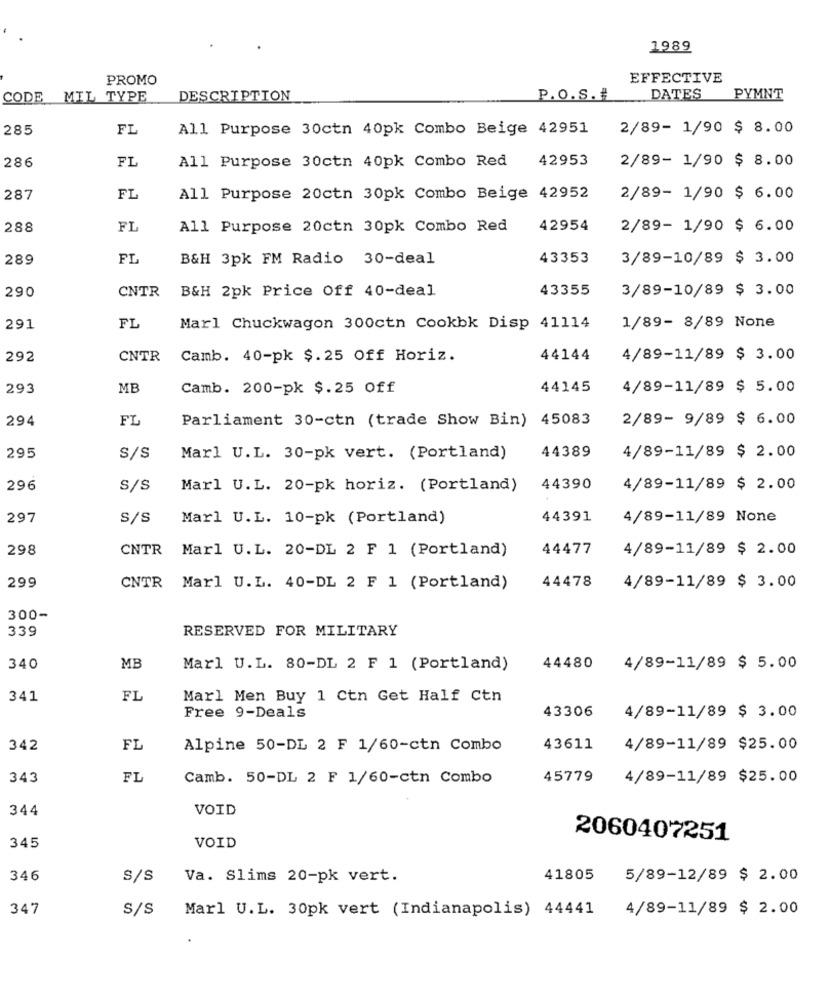
1989
PROMO
EFFECTIVE
CODE
MIL TYPE
DESCRIPTION
P.O.S.#
DATES
PYMNT
285
FL
All Purpose 30ctn 40pk Combo Beige 42951
2/89- 1/90 $ 8.00
286
FL
All Purpose 30ctn 40pk Combo Red
42953
2/89- 1/90 $ 8.00
287
FL
All Purpose 20ctn 30pk Combo Beige 42952
2/89- 1/90 $ 6.00
288
FL
All Purpose 20ctn 30pk Combo Red
42954
2/89- 1/90 $ 6.00
289
FL
B&H 3pk FM Radio 30-deal
43353
3/89-10/89 $ 3.00
290
CNTR
B&H 2pk Price Off 40-deal
43355
3/89-10/89 $ 3.00
291
FL
Marl Chuckwagon 300ctn Cookbk Disp 41114
1/89- 8/89 None
292
CNTR
Camb. 40-pk $.25 Off Horiz.
44144
4/89-11/89 $ 3.00
293
MB
Camb. 200-pk $.25 Off
44145
4/89-11/89 $ 5.00
294
FI
Parliament 30-ctn (trade Show Bin) 45083
2/89- 9/89 $ 6.00
295
4/89-11/89 $ 2.00
S/S
Marl U.L. 30-pk vert. (Portland)
44389
296
S/S
Marl U.L. 20-pk horiz. (Portland)
44390
4/89-11/89 $ 2.00
297
S/s
Marl U.L. 10-pk (Portland)
44391
4/89-11/89 None
298
CNTR
Marl U.L. 20-DL 2 F 1 (Portland)
44477
4/89-11/89 $ 2.00
299
CNTR
Marl U.L. 40-DL 2 F 1 (Portland)
44478
4/89-11/89 $ 3.00
300-
339
RESERVED FOR MILITARY
340
MB
Marl U.L. 80-DL 2 F 1 (Portland)
44480
4/89-11/89 $ 5.00
341
FL
Marl Men Buy 1 Ctn Get Half Ctn
Free 9-Deals
43306
4/89-11/89 $ 3.00
342
FL
Alpine 50-DL 2 F 1/60-ctn Combo
43611
4/89-11/89 $25.00
343
FL
Camb. 50-DL 2 F 1/60-ctn Combo
45779
4/89-11/89 $25.00
344
VOID
2060407251
345
VOID
346
S/S
Va. Slims 20-pk vert.
41805
5/89-12/89 $ 2.00
347
S/S
Marl U.L. 30pk vert (Indianapolis) 44441
4/89-11/89 $ 2.00